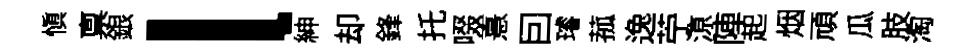
愼禀銀l紳却鋒托啜憙囙璿菰逸苧鿌陣起烟頑瓜肢淘